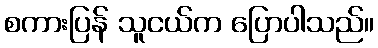
စကားပြန် သူငယ်က ပြောပါသည်။